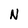
Character: N